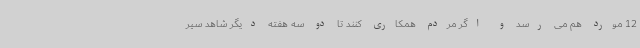
12 مورد هم می رسد و اگر مردم همکاری کنند تا دو سه هفته دیگر شاهد سیر